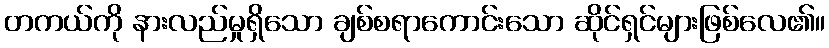
တကယ်ကို နားလည်မှုရှိသော ချစ်စရာကောင်းသော ဆိုင်ရှင်များဖြစ်လေ၏။